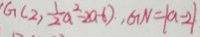
G ( 2 , \frac { 1 } { 2 } a ^ { 2 } - 2 a - 6 ) , G N = \vert a - 2 \vert